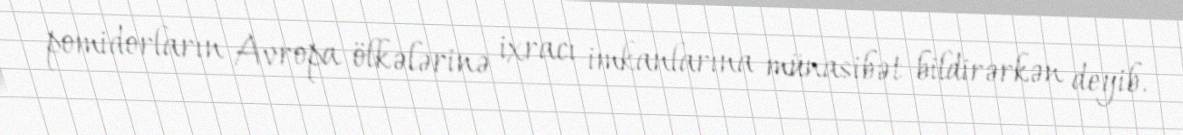
pomidorların Avropa ölkələrinə ixracı imkanlarına münasibət bildirərkən deyib.